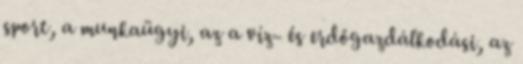
sport, a munkaügyi, az a víz- és erdőgazdálkodási, az